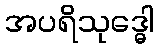
အပရိသုဒ္ဓေါ